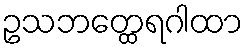
ဥသဘတ္ထေရဂါထာ